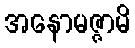
အနောမဇ္ဇာမိ